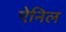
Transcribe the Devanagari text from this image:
ऐनिल